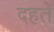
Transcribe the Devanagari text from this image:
दहते